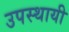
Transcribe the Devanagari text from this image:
उपस्थायी